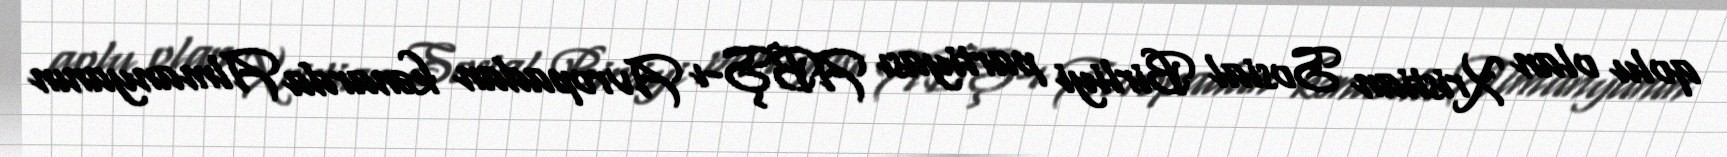
qolu olan Xristian Sosial Birliyi partiyası ABŞ-ı Avropadan kənarda Almanyanın